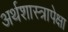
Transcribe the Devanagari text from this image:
अर्थशास्त्रापेक्षा